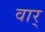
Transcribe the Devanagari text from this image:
वार्